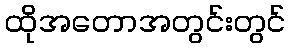
ထိုအတောအတွင်းတွင်